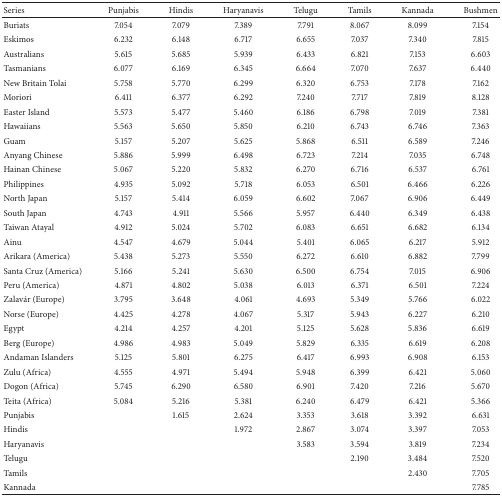
<table><thead><tr><td><b>Series</b></td><td><b>Punjabis</b></td><td><b>Hindis</b></td><td><b>Haryanavis</b></td><td><b>Telugu</b></td><td><b>Tamils</b></td><td><b>Kannada</b></td><td><b>Bushmen</b></td></tr></thead><tbody><tr><td>Buriats</td><td>7.054</td><td>7.079</td><td>7.389</td><td>7.791</td><td>8.067</td><td>8.099</td><td>7.154</td></tr><tr><td>Eskimos</td><td>6.232</td><td>6.148</td><td>6.717</td><td>6.655</td><td>7.037</td><td>7.340</td><td>7.815</td></tr><tr><td>Australians</td><td>5.615</td><td>5.685</td><td>5.939</td><td>6.433</td><td>6.821</td><td>7.153</td><td>6.603</td></tr><tr><td>Tasmanians</td><td>6.077</td><td>6.169</td><td>6.345</td><td>6.664</td><td>7.070</td><td>7.637</td><td>6.440</td></tr><tr><td>New Britain Tolai</td><td>5.758</td><td>5.770</td><td>6.299</td><td>6.320</td><td>6.753</td><td>7.178</td><td>7.162</td></tr><tr><td>Moriori</td><td>6.411</td><td>6.377</td><td>6.292</td><td>7.240</td><td>7.717</td><td>7.819</td><td>8.128</td></tr><tr><td>Easter Island</td><td>5.573</td><td>5.477</td><td>5.460</td><td>6.186</td><td>6.798</td><td>7.019</td><td>7.381</td></tr><tr><td>Hawaiians</td><td>5.563</td><td>5.650</td><td>5.850</td><td>6.210</td><td>6.743</td><td>6.746</td><td>7.363</td></tr><tr><td>Guam</td><td>5.157</td><td>5.207</td><td>5.625</td><td>5.868</td><td>6.511</td><td>6.589</td><td>7.246</td></tr><tr><td>Anyang Chinese</td><td>5.886</td><td>5.999</td><td>6.498</td><td>6.723</td><td>7.214</td><td>7.035</td><td>6.748</td></tr><tr><td>Hainan Chinese</td><td>5.067</td><td>5.220</td><td>5.832</td><td>6.270</td><td>6.716</td><td>6.537</td><td>6.761</td></tr><tr><td>Philippines</td><td>4.935</td><td>5.092</td><td>5.718</td><td>6.053</td><td>6.501</td><td>6.466</td><td>6.226</td></tr><tr><td>North Japan</td><td>5.157</td><td>5.414</td><td>6.059</td><td>6.602</td><td>7.067</td><td>6.906</td><td>6.449</td></tr><tr><td>South Japan</td><td>4.743</td><td>4.911</td><td>5.566</td><td>5.957</td><td>6.440</td><td>6.349</td><td>6.438</td></tr><tr><td>Taiwan Atayal</td><td>4.912</td><td>5.024</td><td>5.702</td><td>6.083</td><td>6.651</td><td>6.682</td><td>6.134</td></tr><tr><td>Ainu</td><td>4.547</td><td>4.679</td><td>5.044</td><td>5.401</td><td>6.065</td><td>6.217</td><td>5.912</td></tr><tr><td>Arikara (America)</td><td>5.438</td><td>5.273</td><td>5.550</td><td>6.272</td><td>6.610</td><td>6.882</td><td>7.799</td></tr><tr><td>Santa Cruz (America)</td><td>5.166</td><td>5.241</td><td>5.630</td><td>6.500</td><td>6.754</td><td>7.015</td><td>6.906</td></tr><tr><td>Peru (America)</td><td>4.871</td><td>4.802</td><td>5.038</td><td>6.013</td><td>6.371</td><td>6.501</td><td>7.224</td></tr><tr><td>Zalavár (Europe)</td><td>3.795</td><td>3.648</td><td>4.061</td><td>4.693</td><td>5.349</td><td>5.766</td><td>6.022</td></tr><tr><td>Norse (Europe)</td><td>4.425</td><td>4.278</td><td>4.067</td><td>5.317</td><td>5.943</td><td>6.227</td><td>6.210</td></tr><tr><td>Egypt</td><td>4.214</td><td>4.257</td><td>4.201</td><td>5.125</td><td>5.628</td><td>5.836</td><td>6.619</td></tr><tr><td>Berg (Europe)</td><td>4.986</td><td>4.983</td><td>5.049</td><td>5.829</td><td>6.335</td><td>6.619</td><td>6.208</td></tr><tr><td>Andaman Islanders</td><td>5.125</td><td>5.801</td><td>6.275</td><td>6.417</td><td>6.993</td><td>6.908</td><td>6.153</td></tr><tr><td>Zulu (Africa)</td><td>4.555</td><td>4.971</td><td>5.494</td><td>5.948</td><td>6.399</td><td>6.421</td><td>5.060</td></tr><tr><td>Dogon (Africa)</td><td>5.745</td><td>6.290</td><td>6.580</td><td>6.901</td><td>7.420</td><td>7.216</td><td>5.670</td></tr><tr><td>Teita (Africa)</td><td>5.084</td><td>5.216</td><td>5.381</td><td>6.240</td><td>6.479</td><td>6.421</td><td>5.366</td></tr><tr><td>Punjabis</td><td> </td><td>1.615</td><td>2.624</td><td>3.353</td><td>3.618</td><td>3.392</td><td>6.631</td></tr><tr><td>Hindis</td><td> </td><td> </td><td>1.972</td><td>2.867</td><td>3.074</td><td>3.397</td><td>7.053</td></tr><tr><td>Haryanavis</td><td> </td><td> </td><td> </td><td>3.583</td><td>3.594</td><td>3.819</td><td>7.234</td></tr><tr><td>Telugu</td><td> </td><td> </td><td> </td><td> </td><td>2.190</td><td>3.484</td><td>7.520</td></tr><tr><td>Tamils</td><td> </td><td> </td><td> </td><td> </td><td> </td><td>2.430</td><td>7.705</td></tr><tr><td>Kannada</td><td> </td><td> </td><td> </td><td> </td><td> </td><td> </td><td>7.785</td></tr></tbody></table>